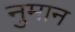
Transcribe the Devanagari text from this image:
नुमान